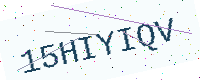
Text: 15HIYIQV